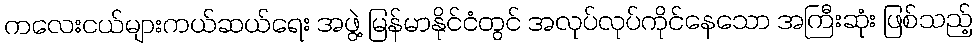
ကလေးငယ်များကယ်ဆယ်ရေး အဖွဲ့ မြန်မာနိုင်ငံတွင် အလုပ်လုပ်ကိုင်နေသော အကြီးဆုံး ဖြစ်သည့်